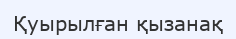
Қуырылған қызанақ